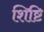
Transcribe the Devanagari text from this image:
शिष्टि